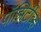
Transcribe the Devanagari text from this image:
पॉझिटीव्ह